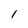
Character: l